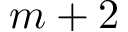
m + 2